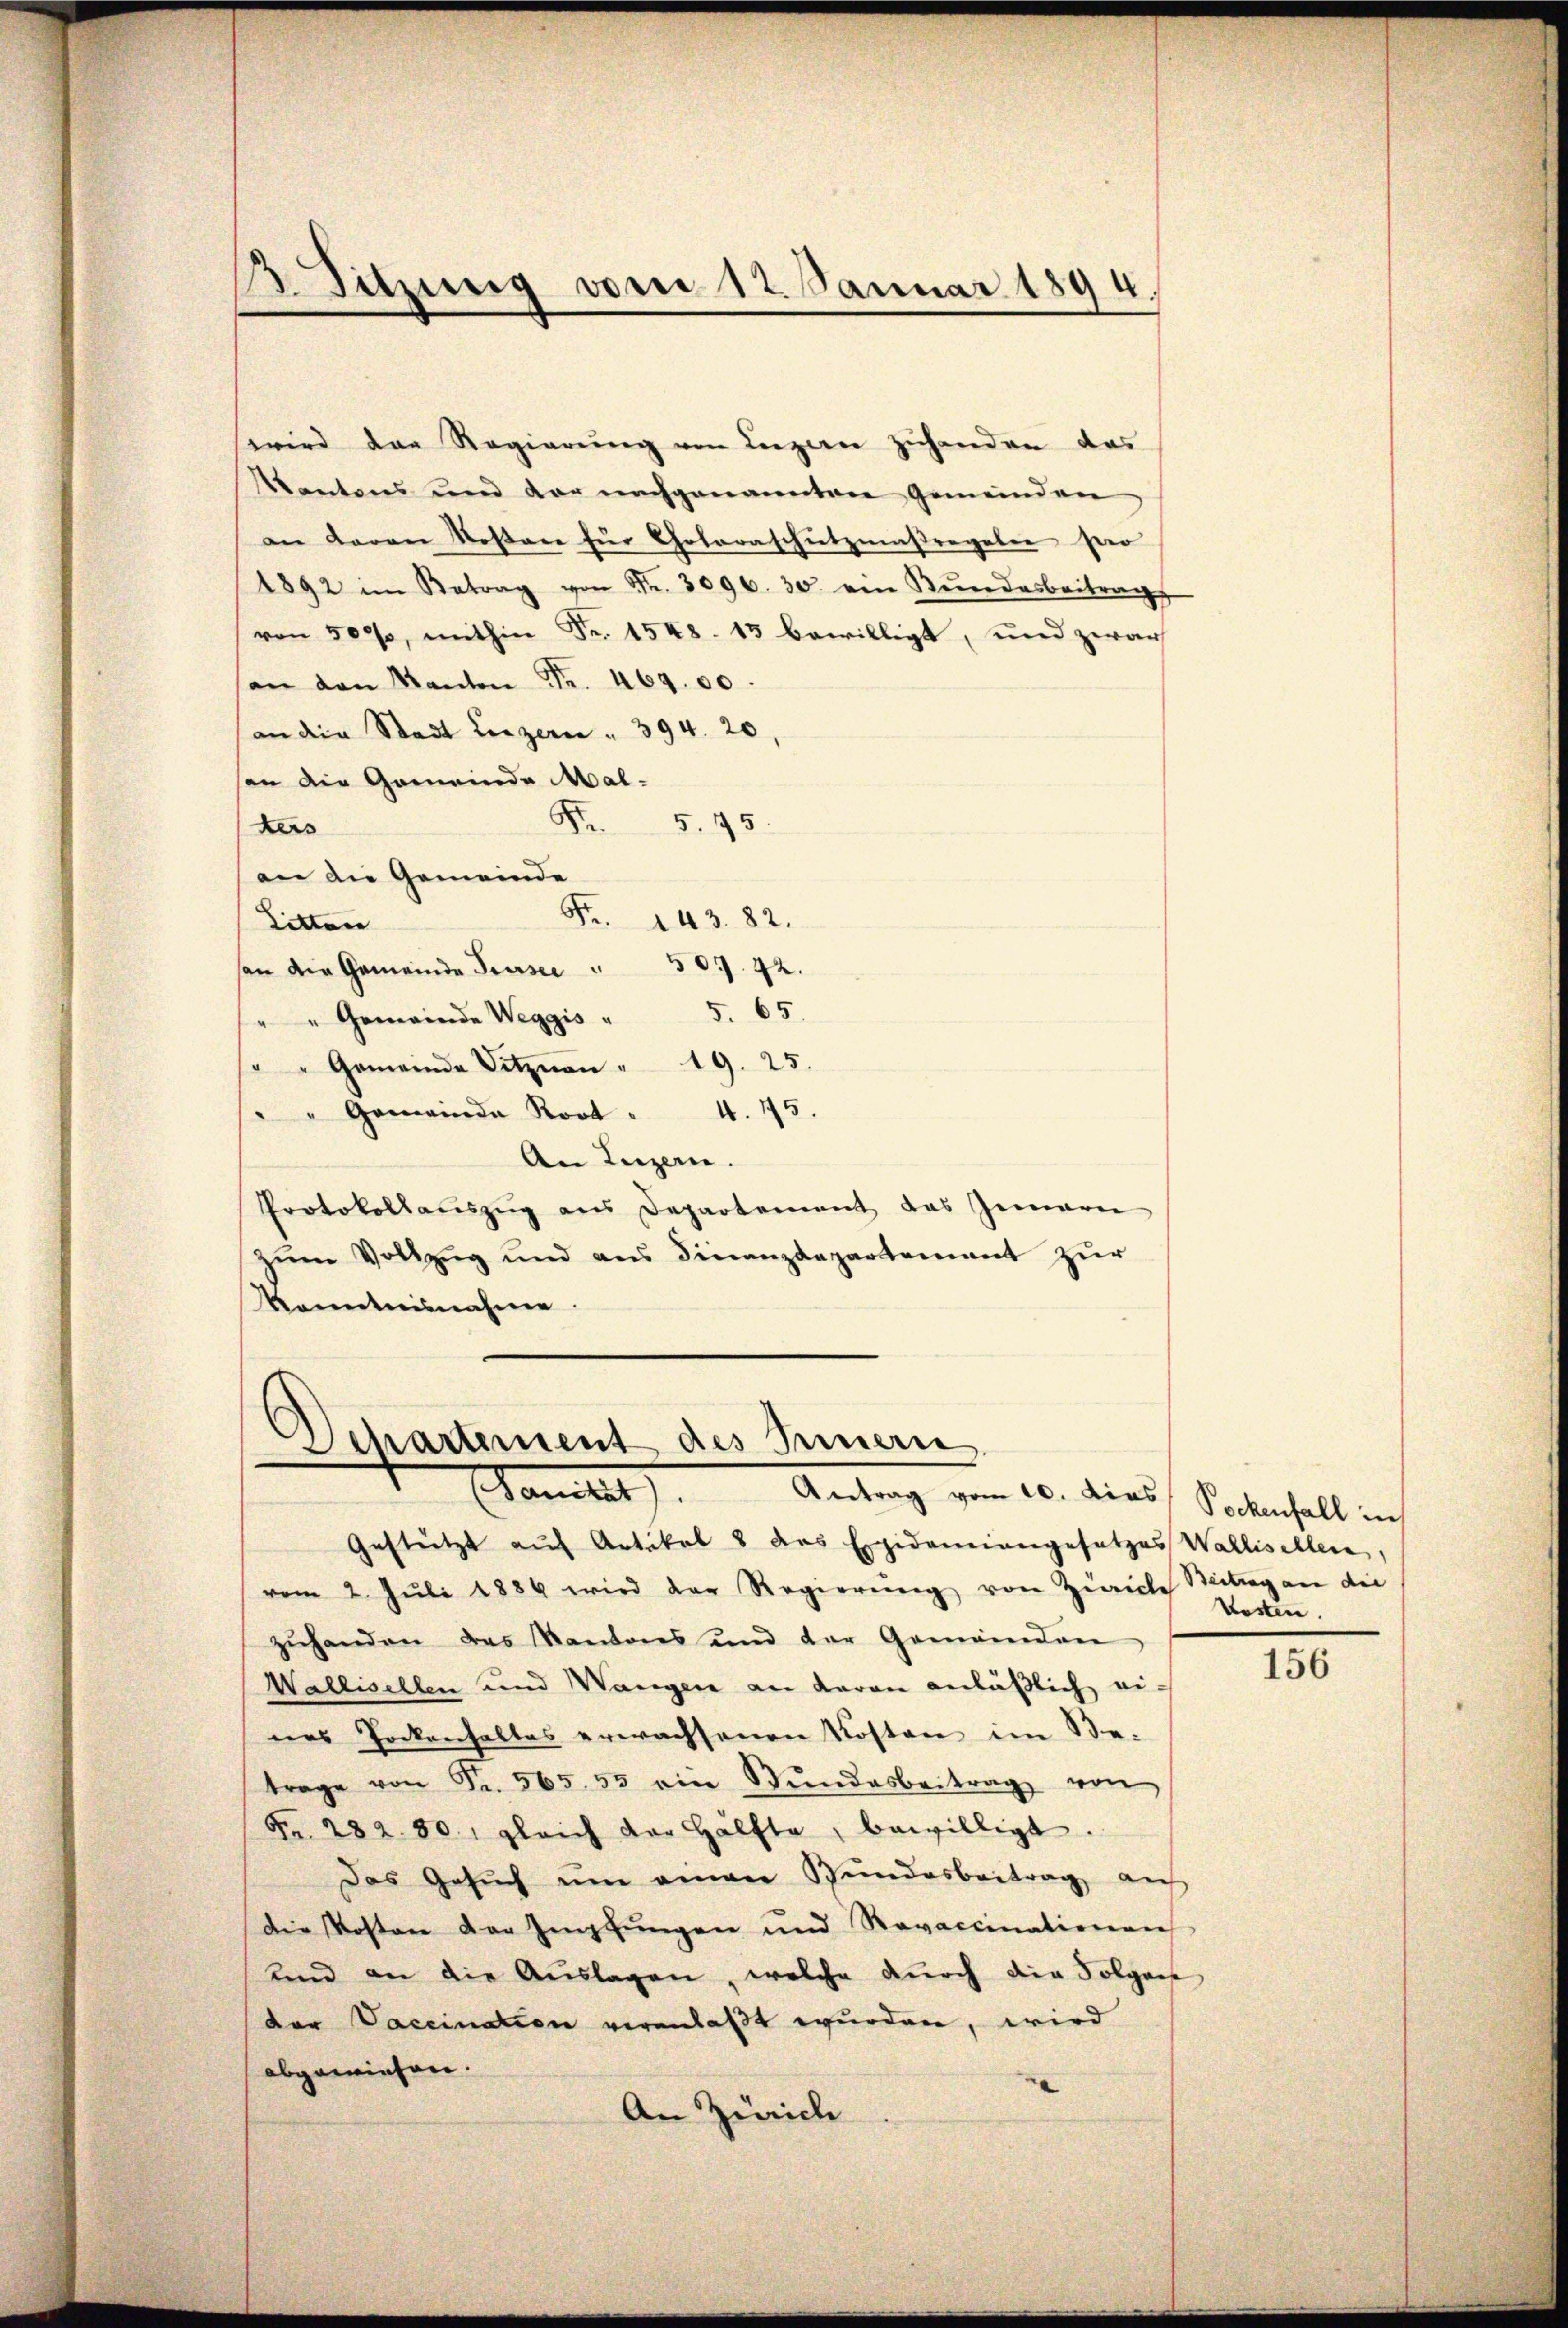
Sitzung vom 12. Januar 1894.

wird der Regierung von Luzern zuhander das
Kantons und der nachgenannten Gemeinden,
an Baron Rostare für Gotaraschutzmaßregeben her
1892 im Betrag von Fr. 3096. 30 ein Kundesbeitrags
von 500, mithin Fr. 1548. 13 bewilligt, und zwar
an den Kanton Fr. 469. 00.
an die Stadt Luzern . 394. 20,
an die Gemeinde Mal¬
S
5. 15.
kers
an die Gemeinde
Fr. 143. 82.
Litten
son die Gemeinde Tiersee " 507. 42.
" " Gemeinde Weggis " 5. 65.
" " Gemeinde Sitzen " 19. 25.
" Gemeinde Root " 4. 175.
An Luzern.
Protokollaŭszŭg ans Departement das Gemari
zŭm Vollzŭg und ans Finanzdepartement zŭr
Kenntnisnahme

Departement des Innern.
Camlet
Antrag vom 10. dies Pockenfall in

Gestützt auf Artikel 8 das Expidemiangesetzes Wallisellen,
vom 2. Juli 1884 wird der Regierŭng von Zürich Beitrag an die
zŭhanden das Kantons und der Gemeinden
Wallisellen und Wangen an daran anläßlich ei-
nes Tockenfalles erwachsenen Kosten im Be-
trage von Fr. 565. 55 ein Stŭndesbeitrag von
Nr. 282. 80, gleich der Hälfte, bewilligt.
Das Gesuch um einen Wundesbeitrag auf
Die Kosten der Impfungen und Revaccinationen
und an die Aŭslagen, welche dŭrch die Folgen
der Vaccination veranlaßt wurden, wird
abgewiesen.
An Zürich

Kosten.

156